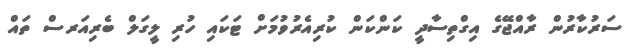
ސަރުކާރުން ރާއްޖޭގެ އިގްތިސާދީ ކަންކަން ކުރިއެރުވުމަށް ޓަކައި ހުރި ލީގަލް ބެރިއަރސް ތައް